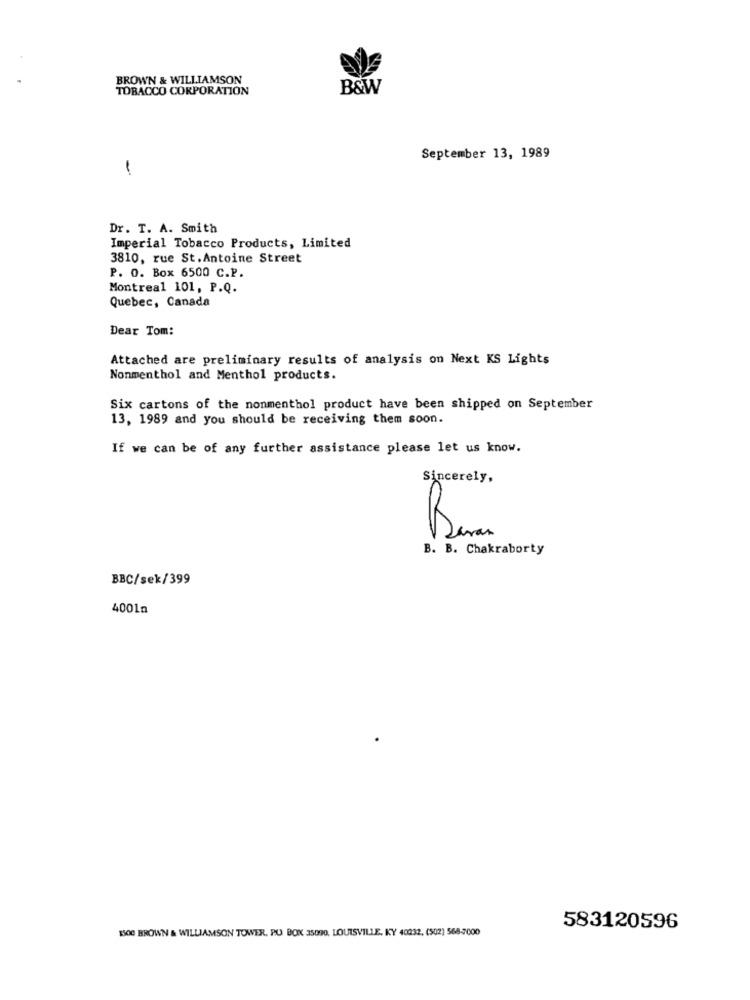
BROWN & WILLIAMSON
TOBACCO CORPORATION
B&W
September 13, 1989
1
Dr. T. A. Smith
Imperial Tobacco Products, Limited
3810, rue St. Antoine Street
P. O. Box 6500 C.P.
Montreal 101, P.Q.
Quebec, Canada
Dear Tom:
Attached are preliminary results of analysis on Next KS Lights
Nonmenthol and Menthol products.
Six cartons of the nonmenthol product have been shipped on September
13, 1989 and you should be receiving them soon.
If we can be of any further assistance please let us know.
Sincerely,
B. B. Chakraborty
BBC/sek/399
4001n
$500 BROWN & WILLIAMSON TOWER, PO BOX 35090, LOUISVILLE, KY 40232. (502] 568-7000
583120596